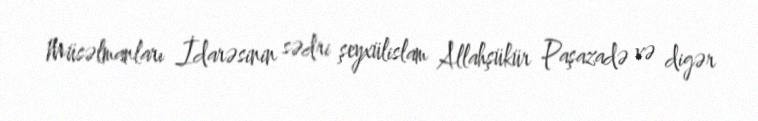
Müsəlmanları İdarəsinin sədri şeyxülislam Allahşükür Paşazadə və digər